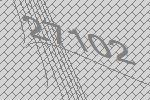
27102